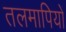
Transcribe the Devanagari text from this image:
तलमापियों